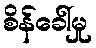
စိန်ခေါ်မှု